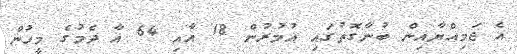
އެ ޖަމިއްޔާއިން ބުނާގޮތުގައި އުމުރުން 18 އާއި 64 އާ ދެމުގެ މީހުން